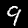
Digit: 9